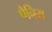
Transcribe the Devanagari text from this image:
पैनिस